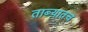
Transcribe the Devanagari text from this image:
ताब्यातच